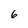
Character: 6